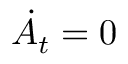
\dot { A } _ { t } = 0